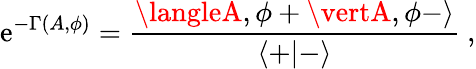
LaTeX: \mathrm{e}^{-\Gamma(A,\phi)}={\frac{{\langleA,\phi+\vertA,\phi-\rangle}}{{\langle+\vert-\rangle}}}\ ,